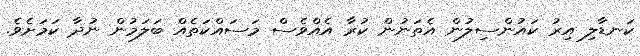
ކަނޑާލި އިރު ކައުންސިލުން އެތަނުން ކުރާ އެއްވެސް މަސައްކަތެއް ބަލަމުން ނުދާ ކަމަށެވެ.